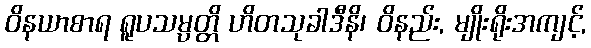
ဝိနယာစာရ ရူပသမ္ပတ္တိ ဟိတသုခါဒီနိ၊ ဝိနည်း, မျိုးရိုးအကျင့်,